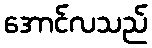
အောင်လသည်